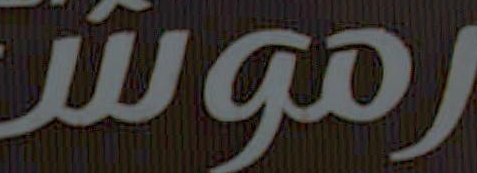
رموش